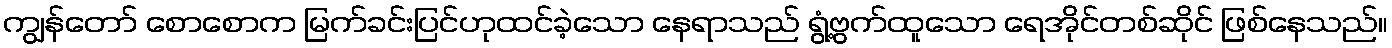
ကျွန်တော် စောစောက မြက်ခင်းပြင်ဟုထင်ခဲ့သော နေရာသည် ရွံ့ဗွက်ထူသော ရေအိုင်တစ်ဆိုင် ဖြစ်နေသည်။